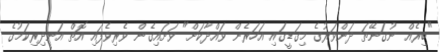
"ބިރެއް ނުގަނޭތަ ދަންވަރުގެ މިގަޑީގައި އަހަރެން ވައްދާކަށް" ވަށައިގެން ވެރިވެފައި އޮތް އަނދިރިކަމުގެ